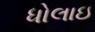
ધોલાઇ